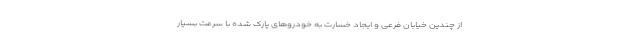
از چندین خیابان فرعی و ایجاد خسارت به خودروهای پارک شده با سرعت بسیار